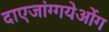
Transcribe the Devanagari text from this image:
दाएजांग्गयेओंग